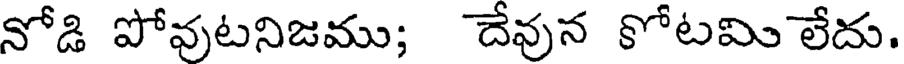
నోడి పోవుటనిజము; దేవున కోటమి లేదు.